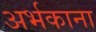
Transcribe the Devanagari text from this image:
अर्भकाना